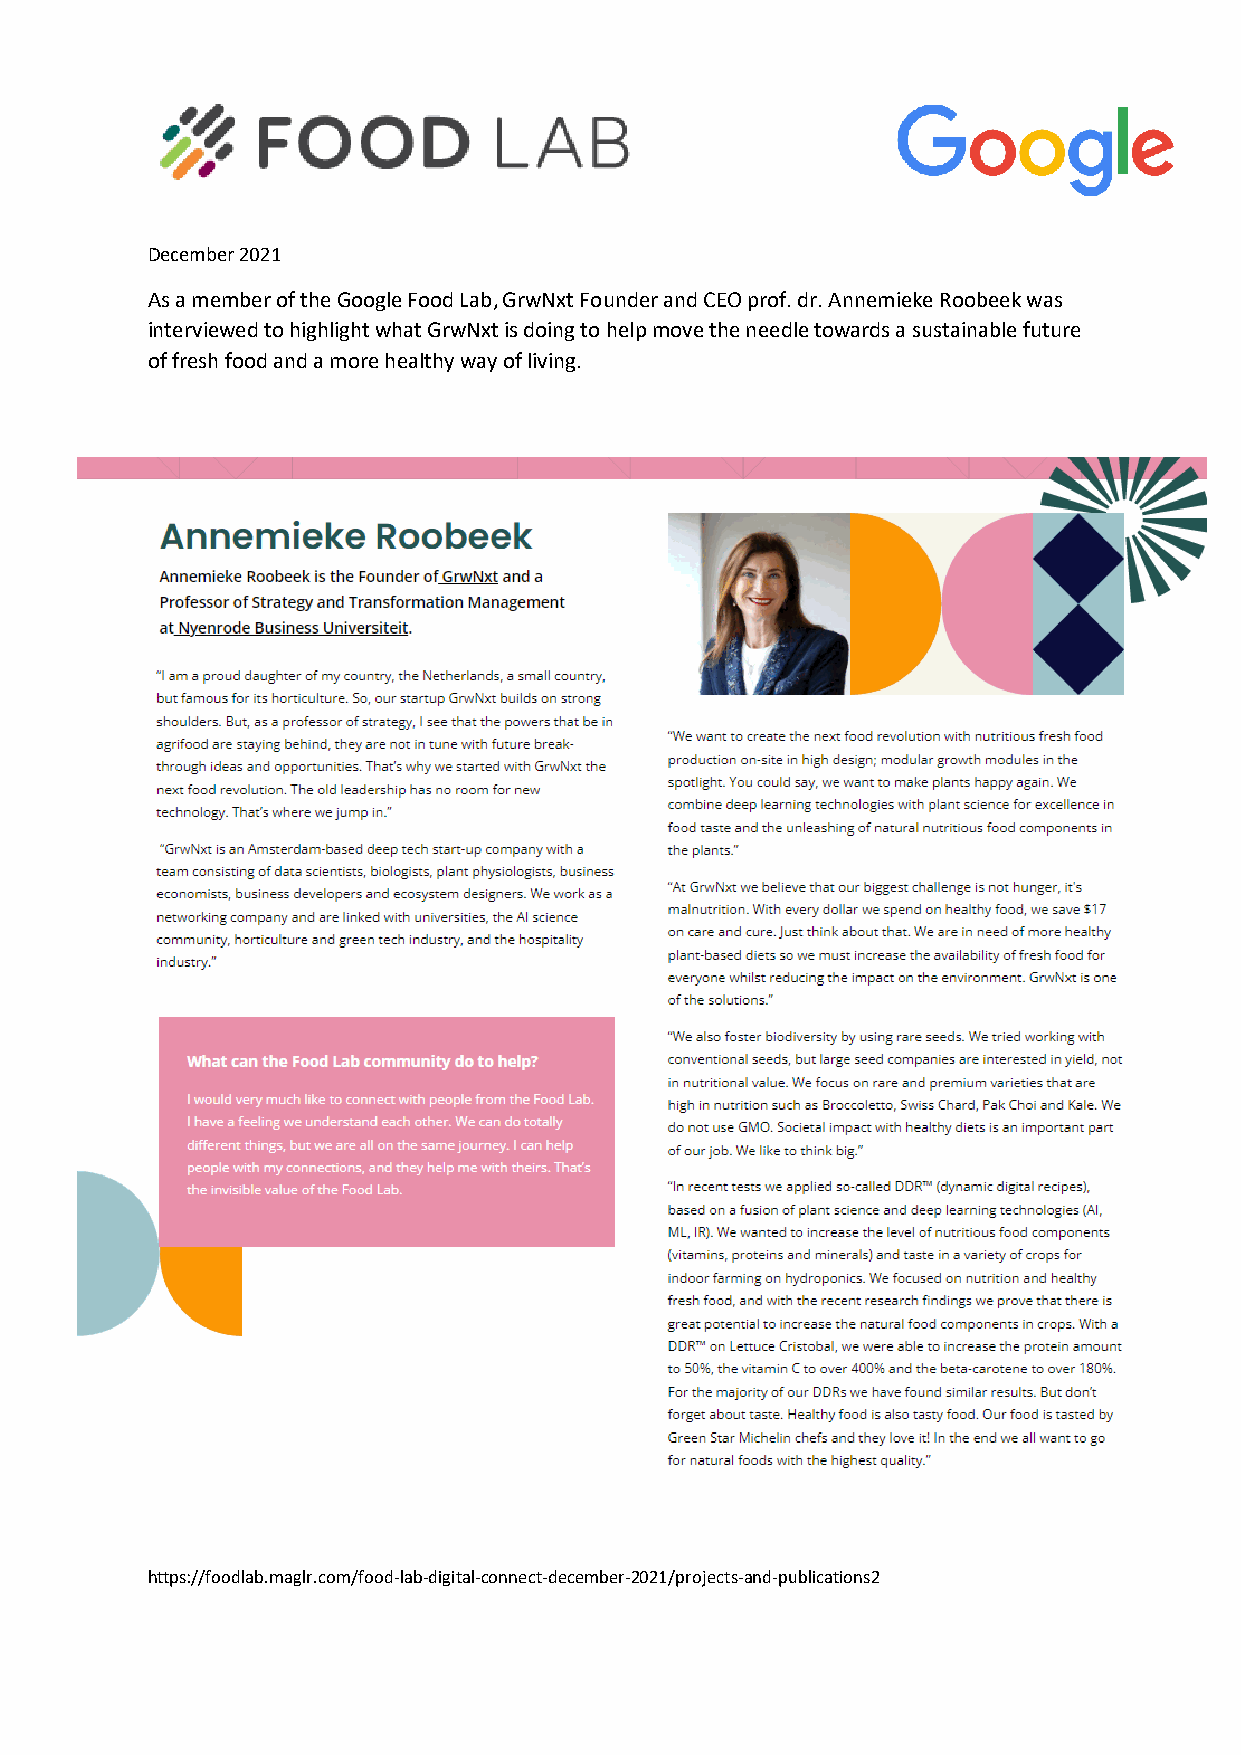
December 2021
 As a member of the Google Food Lab, GrwNxt Founder and CEO prof. dr. Annemieke Roobeek was
 interviewed to highlight what GrwNxt is doing to help move the needle towards a sustainable future
 of fresh food and a more healthy way of living.
 https://foodlab.maglr.com/food-lab-digital-connect-december-2021/projects-and-publications2